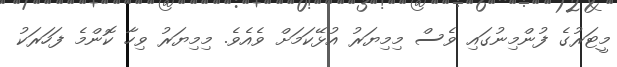
މީޓަރުގެ ފުންމިނުގައި ވެސް މިމިޔަރު އުޅޭކަމަށް ވެއެވެ. މިމިޔަރު ވިހާ ކޮންމެ ފަހަރަކު